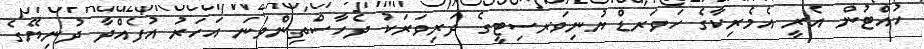
ހުއްޓުން އެރީ އެމެރިކާގެ ހަވަރޑް ޔުނިވަރސިޓީގެ ދަރިވަރަކު ދެހާސްތިންވަނަ އަހަރު އުފެއްދާ ދުނިޔޭގެ